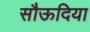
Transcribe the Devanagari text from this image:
सौऊदिया